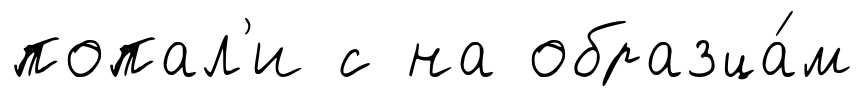
попал'и с на образца́м